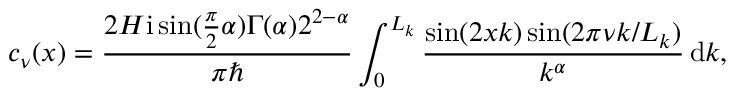
c _ { \nu } ( x ) = \frac { 2 H \mathrm { i } \sin ( \frac { \pi } { 2 } \alpha ) \Gamma ( \alpha ) 2 ^ { 2 - \alpha } } { \pi \hbar } \int _ { 0 } ^ { L _ { k } } \frac { \sin ( 2 x k ) \sin ( 2 \pi \nu k / L _ { k } ) } { k ^ { \alpha } } \, \mathrm { d } k ,